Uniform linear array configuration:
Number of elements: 4
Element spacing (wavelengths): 0.75
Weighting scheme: exponential
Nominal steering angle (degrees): -45
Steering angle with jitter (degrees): -46.248
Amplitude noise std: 0.05
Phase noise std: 0.05

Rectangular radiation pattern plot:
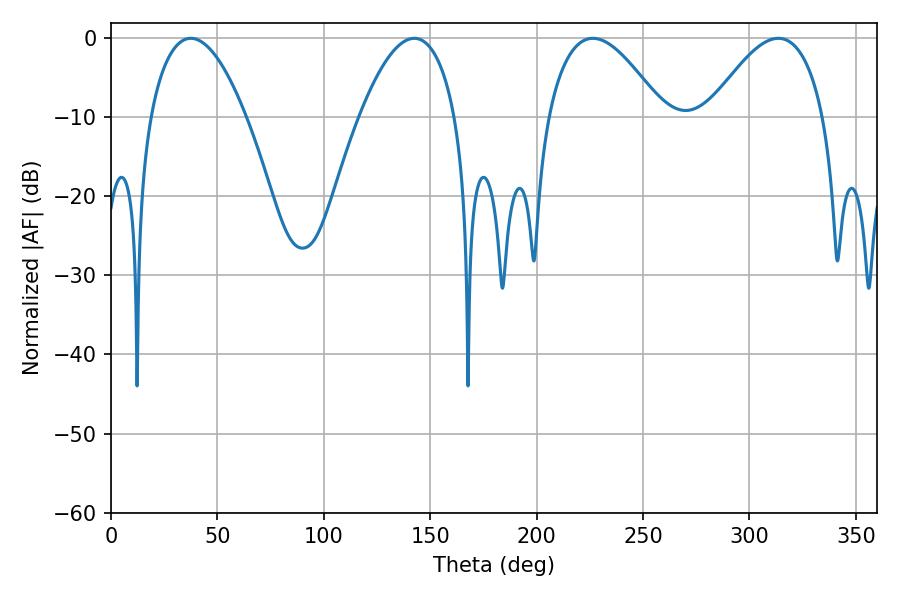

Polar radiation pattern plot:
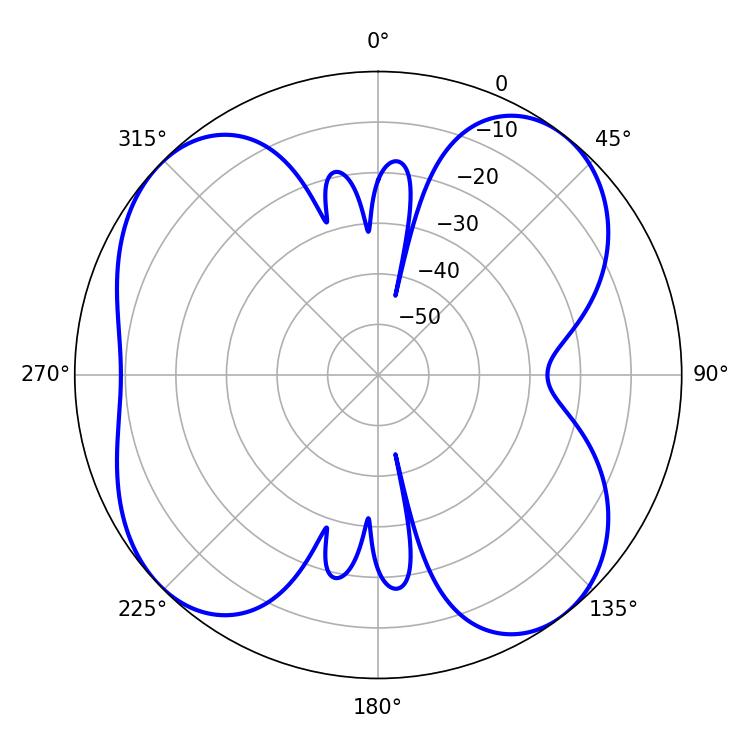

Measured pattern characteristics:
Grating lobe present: TRUE
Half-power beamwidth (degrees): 29.7
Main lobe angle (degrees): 313.56